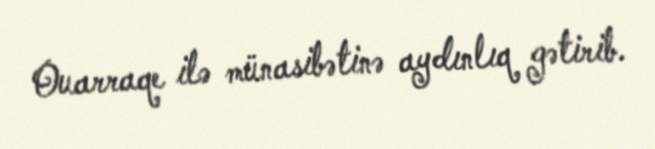
Ouarraqe ilə münasibətinə aydınlıq gətirib.